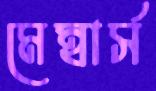
মেম্বার্স